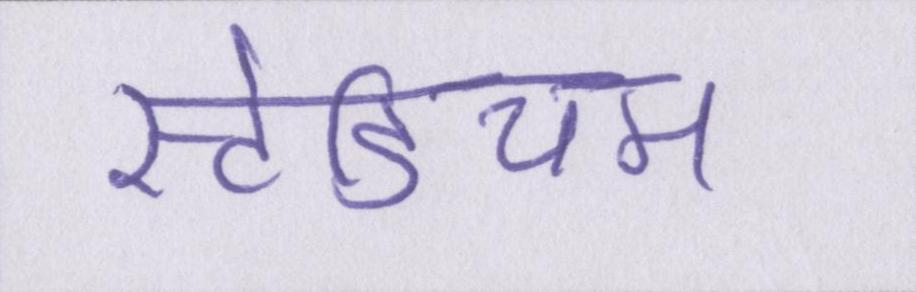
स्टेडियम